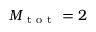
M _ { \mathrm { ~ t ~ o ~ t ~ } } = 2